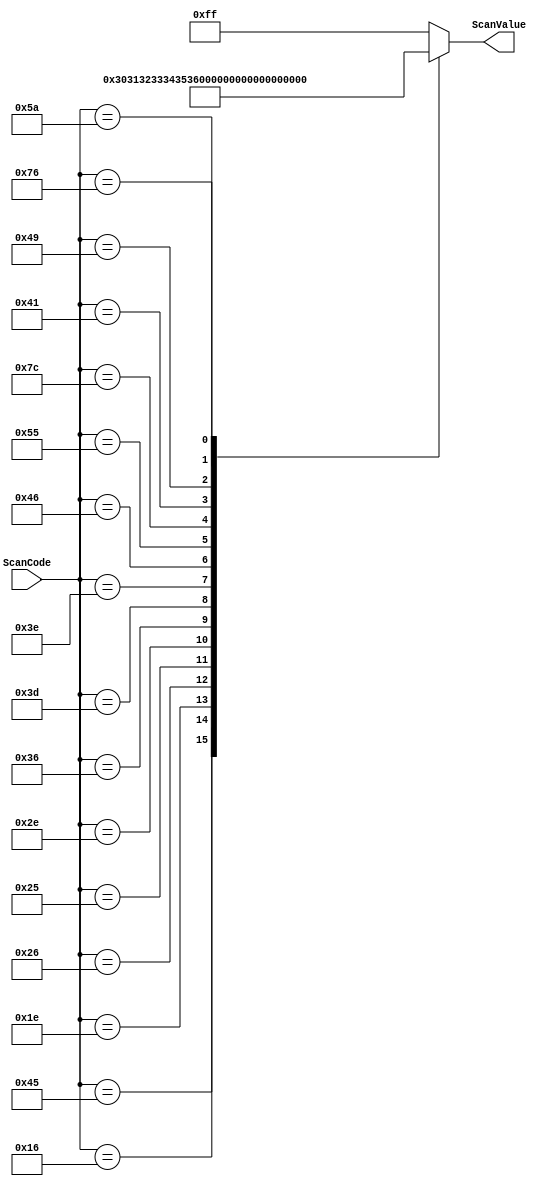
`timescale 1ns / 1ps
module ScanRom(ScanValue, ScanCode);
    output reg [7:0]   ScanValue;
	 input      [7:0]   ScanCode;

    always @(ScanCode) begin
       case (ScanCode)
		    8'h45  : ScanValue = "0";
		    8'h16  : ScanValue = "1";
		    8'h1E  : ScanValue = "2";
		    8'h26  : ScanValue = "3";
		    8'h25  : ScanValue = "4";
		    8'h2E  : ScanValue = "5";
		    8'h36  : ScanValue = "6";
		    8'h3D  : ScanValue = "7";
		    8'h3E  : ScanValue = "8";
		    8'h46  : ScanValue = "9";

		    8'h55  : ScanValue = "+";
		    8'h7C  : ScanValue = "*";
		    8'h41  : ScanValue = "<";
		    8'h49  : ScanValue = ">";
		    8'h5A  : ScanValue = "=";
		    8'h76  : ScanValue = "E";

			 default: ScanValue = 8'hFF;
		 endcase
	 end
endmodule